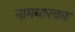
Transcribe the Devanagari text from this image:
नामधारकाः